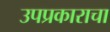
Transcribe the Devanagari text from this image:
उपप्रकाराचा